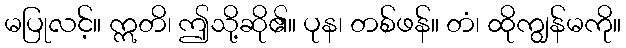
မပြုလင့်။ ဣတိ၊ ဤသို့ဆို၏။ ပုန၊ တစ်ဖန်။ တံ၊ ထိုကျွန်မကို။